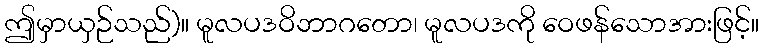
ဤမှာယှဉ်သည်)။ မူလပဒဝိဘာဂတော၊ မူလပဒကို ဝေဖန်သောအားဖြင့်။